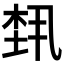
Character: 𬂴